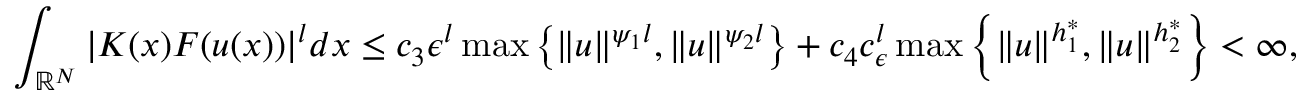
\int _ { { \mathbb R } ^ { N } } | K ( x ) F ( u ( x ) ) | ^ { l } d x \leq c _ { 3 } { \epsilon } ^ { l } \operatorname* { m a x } \left\lbrace \| u \| ^ { \psi _ { 1 } l } , \| u \| ^ { \psi _ { 2 } l } \right\rbrace + c _ { 4 } c _ { \epsilon } ^ { l } \operatorname* { m a x } \left\lbrace \| u \| ^ { h _ { 1 } ^ { * } } , \| u \| ^ { h _ { 2 } ^ { * } } \right\rbrace < \infty ,